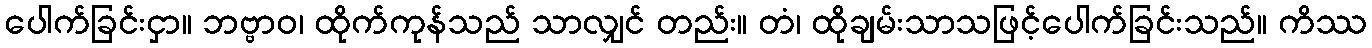
ပေါက်ခြင်းငှာ။ ဘဗ္ဗာဝ၊ ထိုက်ကုန်သည် သာလျှင် တည်း။ တံ၊ ထိုချမ်းသာသဖြင့်ပေါက်ခြင်းသည်။ ကိဿ